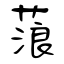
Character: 蒗